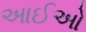
આઈઓ